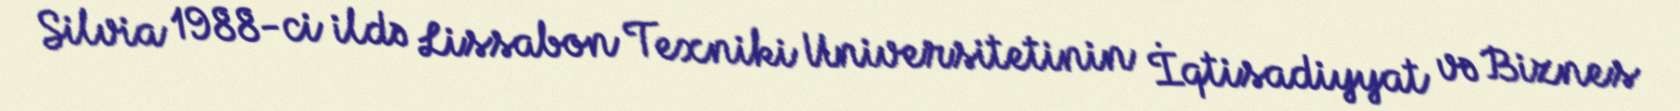
Silvia 1988-ci ildə Lissabon Texniki Universitetinin İqtisadiyyat və Biznes